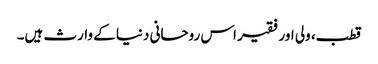
قطب، ولی اور فقیر اس روحانی دنیا کے وارث ہیں۔